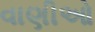
વાણીઓ